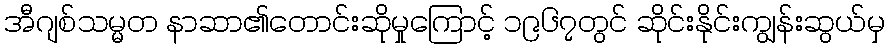
အီဂျစ်သမ္မတ နာဆာ၏တောင်းဆိုမှုကြောင့် ၁၉၆၇တွင် ဆိုင်းနိုင်းကျွန်းဆွယ်မှ